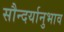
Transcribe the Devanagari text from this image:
सौन्दर्यानुभाव